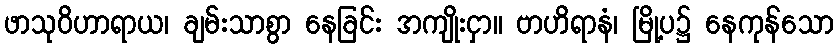
ဖာသုဝိဟာရာယ၊ ချမ်းသာစွာ နေခြင်း အကျိုးငှာ။ ဗာဟိရာနံ၊ မြို့ပ၌ နေကုန်သော